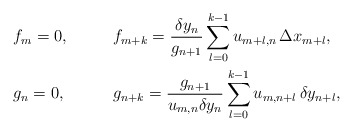
\begin{align*}\begin{aligned}&f_m=0,& \qquad& f_{m+k} = \frac{\delta y_n}{g_{n+1}} \sum_{l=0}^{k-1} u_{m+l,n}\, \Delta x_{m+l},\\&g_n=0,&&g_{n+k} = \frac{g_{n+1}}{u_{m,n}\delta y_n} \sum_{l=0}^{k-1} u_{m,n+l}\, \delta y_{n+l},\end{aligned}\end{align*}